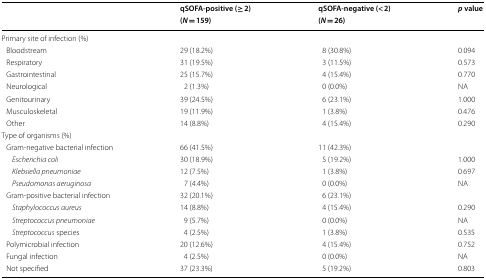
<table><thead><tr><td rowspan="2"></td><td><b>qSOFA-positive (≥ 2)</b></td><td><b>qSOFA-negative (&lt; 2)</b></td><td><b><i>p</i> value</b></td></tr><tr><td><b>(<i>N</i> = 159)</b></td><td><b>(<i>N</i> = 26)</b></td><td></td></tr></thead><tbody><tr><td colspan="4">Primary site of infection (%)</td></tr><tr><td> Bloodstream</td><td>29 (18.2%)</td><td>8 (30.8%)</td><td>0.094</td></tr><tr><td> Respiratory</td><td>31 (19.5%)</td><td>3 (11.5%)</td><td>0.573</td></tr><tr><td> Gastrointestinal</td><td>25 (15.7%)</td><td>4 (15.4%)</td><td>0.770</td></tr><tr><td> Neurological</td><td>2 (1.3%)</td><td>0 (0.0%)</td><td>NA</td></tr><tr><td> Genitourinary</td><td>39 (24.5%)</td><td>6 (23.1%)</td><td>1.000</td></tr><tr><td> Musculoskeletal</td><td>19 (11.9%)</td><td>1 (3.8%)</td><td>0.476</td></tr><tr><td> Other</td><td>14 (8.8%)</td><td>4 (15.4%)</td><td>0.290</td></tr><tr><td>Type of organisms (%)</td><td></td><td></td><td></td></tr><tr><td> Gram-negative bacterial infection</td><td>66 (41.5%)</td><td>11 (42.3%)</td><td></td></tr><tr><td><i>Escherichia coli</i></td><td>30 (18.9%)</td><td>5 (19.2%)</td><td>1.000</td></tr><tr><td><i>Klebsiella pneumoniae</i></td><td>12 (7.5%)</td><td>1 (3.8%)</td><td>0.697</td></tr><tr><td><i>Pseudomonas aeruginosa</i></td><td>7 (4.4%)</td><td>0 (0.0%)</td><td>NA</td></tr><tr><td> Gram-positive bacterial infection</td><td>32 (20.1%)</td><td>6 (23.1%)</td><td></td></tr><tr><td><i>Staphylococcus aureus</i></td><td>14 (8.8%)</td><td>4 (15.4%)</td><td>0.290</td></tr><tr><td><i>Streptococcus pneumoniae</i></td><td>9 (5.7%)</td><td>0 (0.0%)</td><td>NA</td></tr><tr><td><i>Streptococcus</i> species</td><td>4 (2.5%)</td><td>1 (3.8%)</td><td>0.535</td></tr><tr><td> Polymicrobial infection</td><td>20 (12.6%)</td><td>4 (15.4%)</td><td>0.752</td></tr><tr><td> Fungal infection</td><td>4 (2.5%)</td><td>0 (0.0%)</td><td>NA</td></tr><tr><td> Not specified</td><td>37 (23.3%)</td><td>5 (19.2%)</td><td>0.803</td></tr></tbody></table>